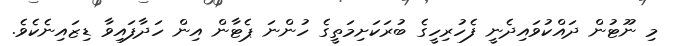
މި ނޫޓުން ދައްކުވައިދެނީ ފެހުރިހީގެ ބުރަކަށިމަތީގެ ހުންނަ ޕެޓާން އިން ހަދާފައިވާ ޑިޒައިނެކެވެ.